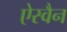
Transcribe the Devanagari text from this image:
ऐस्वैन